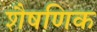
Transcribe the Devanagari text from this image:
शैषणिक